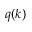
q ( k )